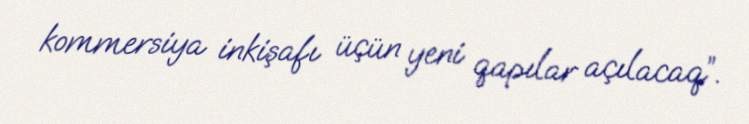
kommersiya inkişafı üçün yeni qapılar açılacaq”.